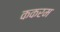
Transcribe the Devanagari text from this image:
ककरम